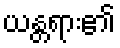
ယန္တရား၏